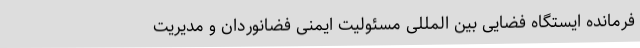
فرمانده ایستگاه فضایی بین المللی مسئولیت ایمنی فضانوردان و مدیریت